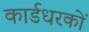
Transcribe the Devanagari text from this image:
कार्डधरकों